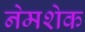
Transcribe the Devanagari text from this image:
नेमशेक